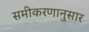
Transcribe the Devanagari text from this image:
समीकरणानुसार